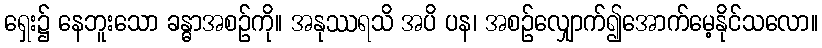
ရှေး၌ နေဘူးသော ခန္ဓာအစဉ်ကို။ အနုဿရသိ အပိ ပန၊ အစဉ်လျှောက်၍အောက်မေ့နိုင်သလော။